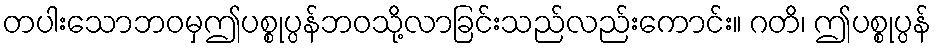
တပါးသောဘဝမှဤပစ္စုပ္ပန်ဘဝသို့လာခြင်းသည်လည်းကောင်း။ ဂတိ၊ ဤပစ္စုပ္ပန်